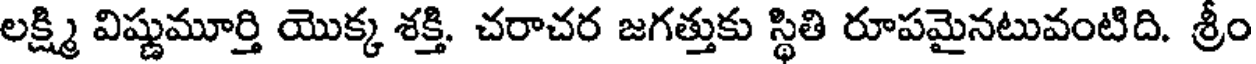
లక్ష్మి విష్ణుమూర్తి యొక్క శక్తి. చరాచర జగత్తుకు స్థితి రూపమైనటువంటిది. శ్రీం